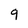
Character: q